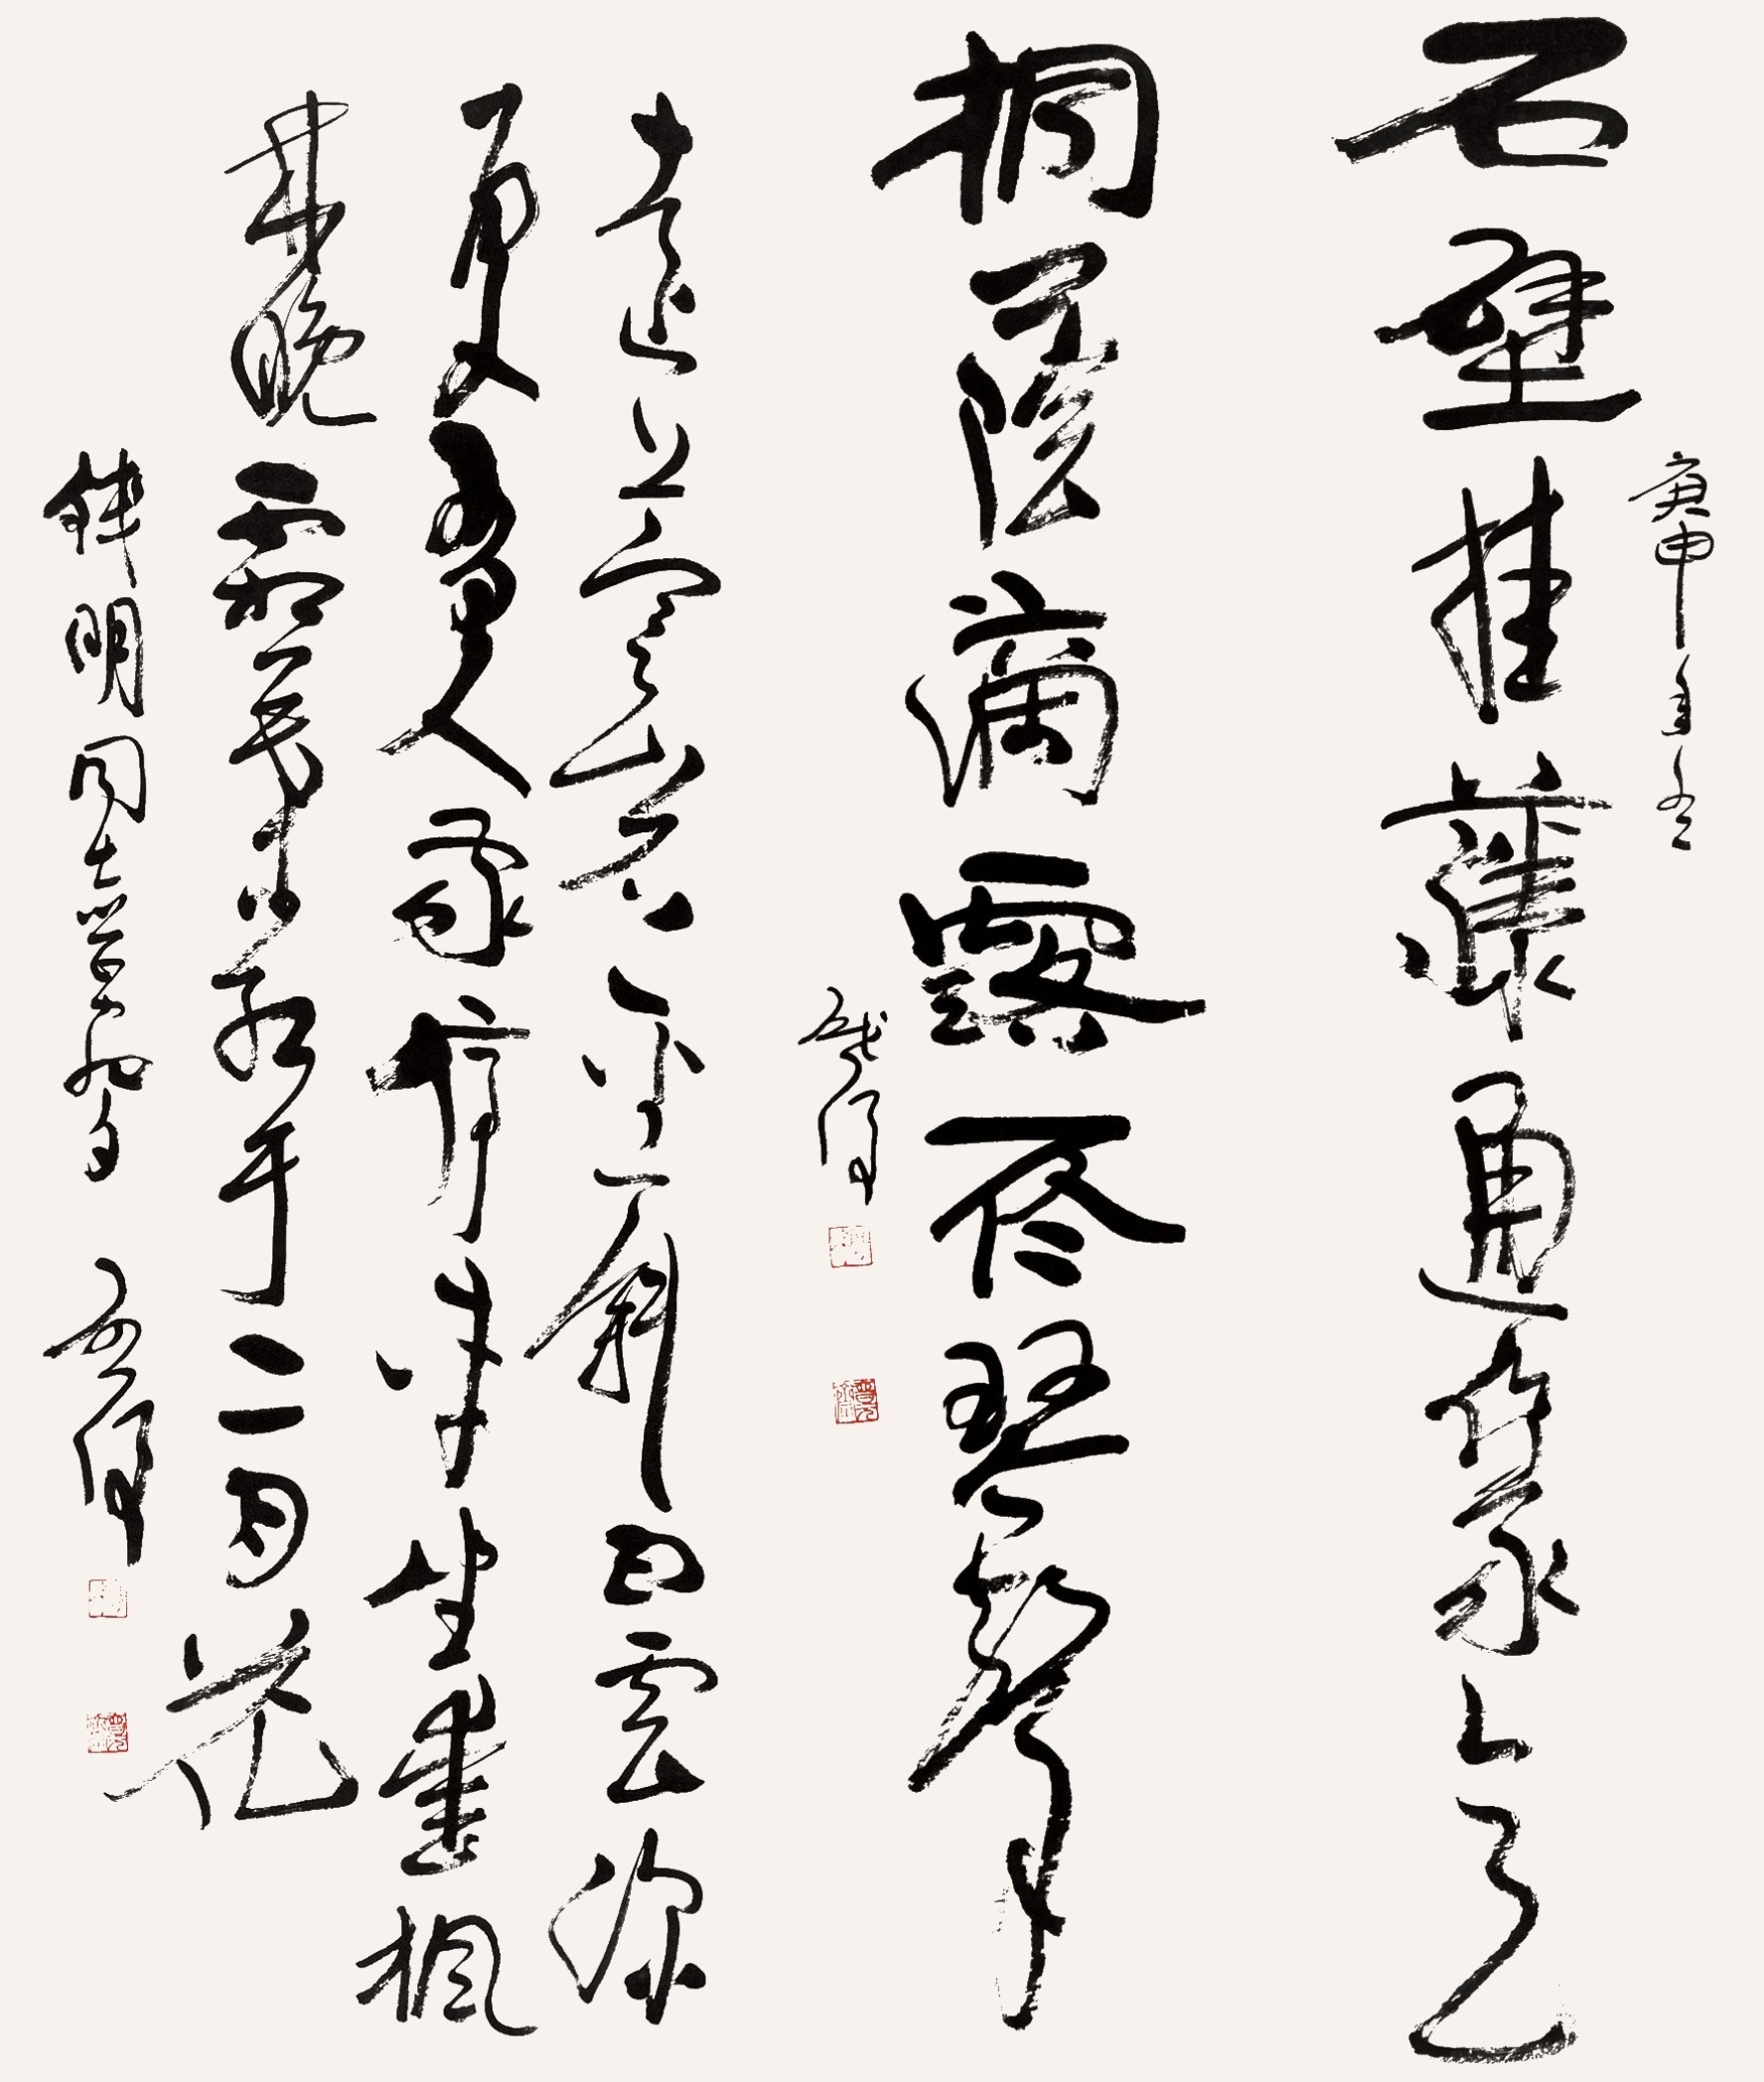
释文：石壁挂藤通篆意，桐荫滴露听琴声。远上寒山石径斜，白云生处有人家。停车坐爱枫林晚，霜叶红于二月花。庚申年冬。启后。